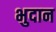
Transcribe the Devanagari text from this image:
भुदान